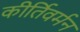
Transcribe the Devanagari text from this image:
कीर्तिवर्मन